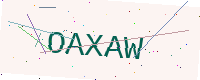
Text: OAXAW